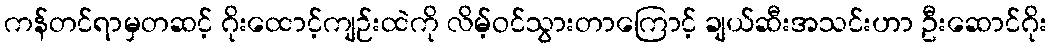
ကန်တင်ရာမှတဆင့် ဂိုးထောင့်ကျဉ်းထဲကို လိမ့်ဝင်သွားတာကြောင့် ချယ်ဆီးအသင်းဟာ ဦးဆောင်ဂိုး